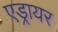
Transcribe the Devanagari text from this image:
एड्रायर